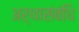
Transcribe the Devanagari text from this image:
अर्थासंबंधि